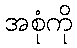
အစုံကို